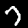
Label: 7